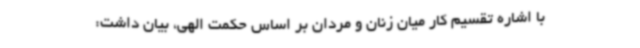
با اشاره تقسیم کار میان زنان و مردان بر اساس حکمت الهی، بیان داشت: